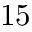
1 5